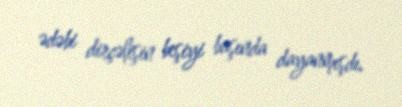
ədəbi dirçəlişin beşiyi başında dayanmışdı.